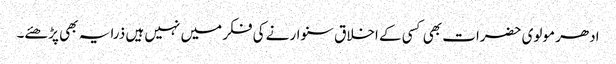
ادھر مولوی حضرات بھی کسی کے اخلاق سنوارنے کی فکر میں نہیں ہیں ذرا یہ بھی پڑھئے۔